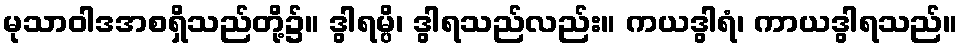
မုသာဝါဒအစရှိသည်တို့၌။ ဒွါရမ္ပိ၊ ဒွါရသည်လည်း။ ကယဒွါရံ၊ ကာယဒွါရသည်။